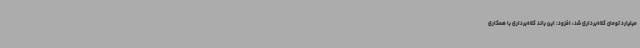
میلیارد تومان کلاه‌برداری شد، افزود: این باند کلاه‌برداری با همکاری